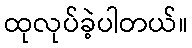
ထုလုပ်ခဲ့ပါတယ်။